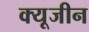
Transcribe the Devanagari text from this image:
क्यूजीन